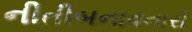
નીતીબનાવનારો